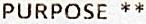
PURPOSE **